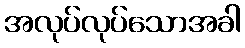
အလုပ်လုပ်သောအခါ